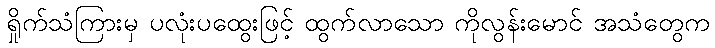
ရှိုက်သံကြားမှ ပလုံးပထွေးဖြင့် ထွက်လာသော ကိုလွန်းမောင် အသံတွေက